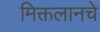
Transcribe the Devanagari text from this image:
मिक्तलानचे